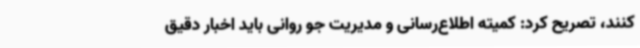
کنند، تصریح کرد: کمیته اطلاع‌رسانی و مدیریت جو روانی باید اخبار دقیق